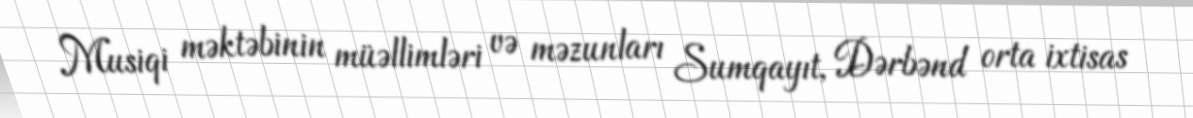
Musiqi məktəbinin müəllimləri və məzunları Sumqayıt, Dərbənd orta ixtisas